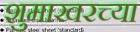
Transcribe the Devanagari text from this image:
शुमाखरच्या